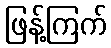
ဖြန့်ကြက်